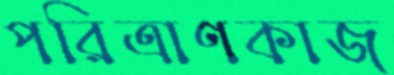
পরিত্রাণকাজ